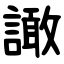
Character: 譀